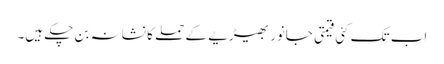
اب تک کئی قیمتی جانور بھیڑیے کے حملے کا نشانہ بن چکے ہیں۔